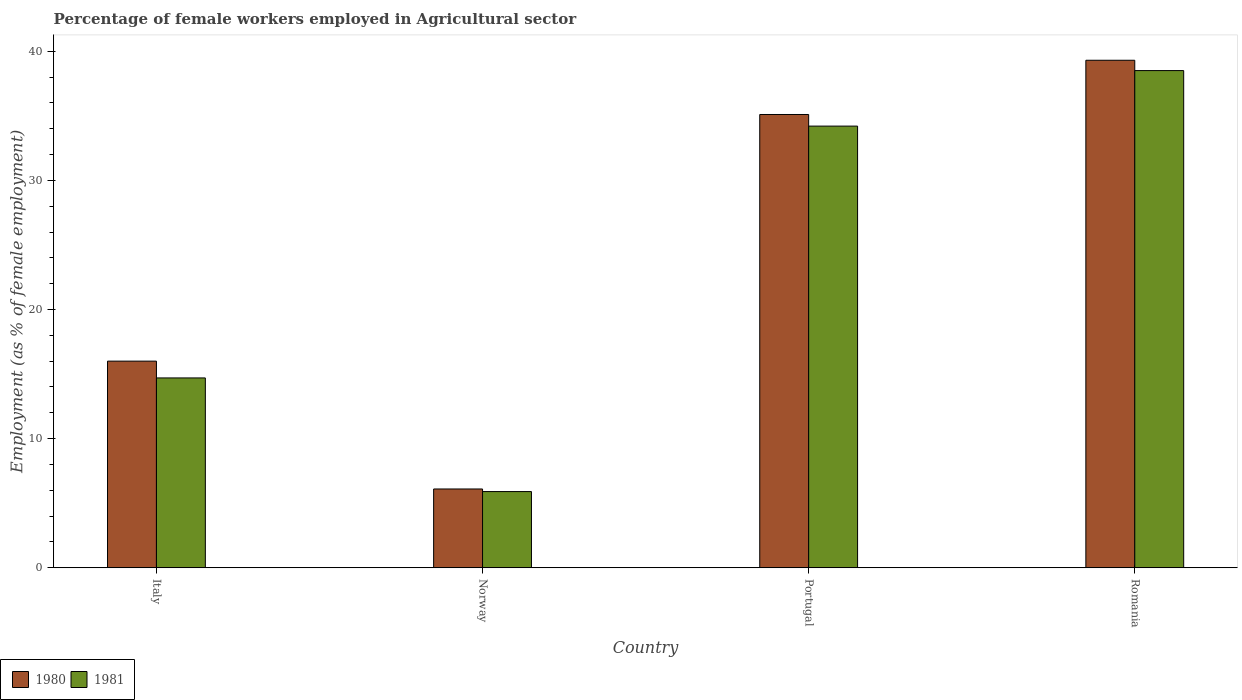
| Country | 1980 | 1981 |
 | --- | --- | --- |
 | Italy | 16 | 14.7 |
 | Norway | 6.1 | 5.9 |
 | Portugal | 35.1 | 34.2 |
 | Romania | 39.3 | 38.5 |